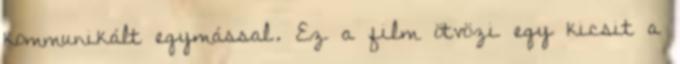
kommunikált egymással. Ez a film ötvözi egy kicsit a